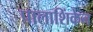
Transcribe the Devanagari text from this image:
पालाशिंकेन